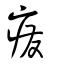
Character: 癈